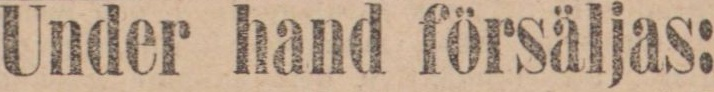
Under hand försäljas: